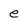
Character: e